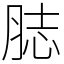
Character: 䏯